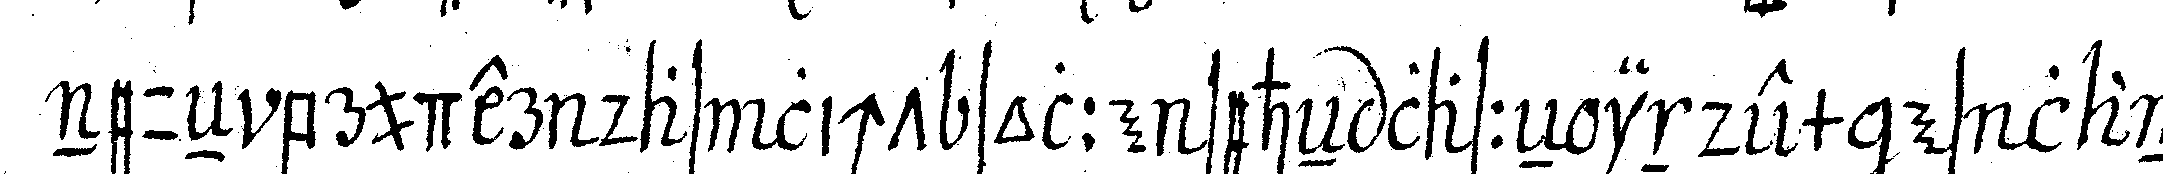
neueN bruder das licht solle seheN laseN indem es lan